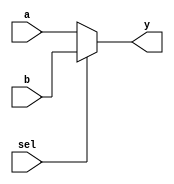
module mux2to1_behavioral #(parameter WIDTH = 8) (
    input wire [WIDTH-1:0] a,
    input wire [WIDTH-1:0] b,
    input wire sel,
    output reg [WIDTH-1:0] y
);
    always @(*) begin
        if (sel)
            y = b;
        else
            y = a;
    end
endmodule